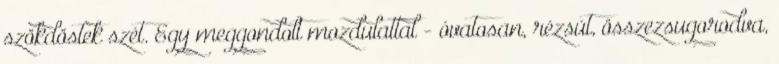
szökdöstek szét. Egy meggondolt mozdulattal - óvatosan, rézsút, összezsugorodva,